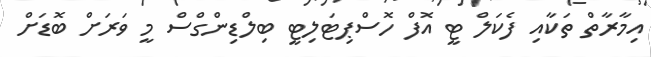
އިމާރާތް ތަކާއި ފެކަލް ޓީ އޮފް ހޮސްޕިޓަލިޓީ ބިލްޑިންގްސް މީ ވަރަށް ބޮޑަށް